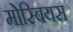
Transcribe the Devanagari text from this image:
मोस्बियस